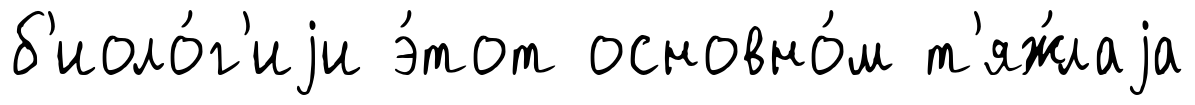
б'иоло́г'иjи э́тот основно́м т'яж́лаjа